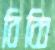
বিব্বি